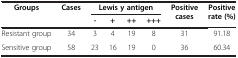
<table><thead><tr><td rowspan="2"><b>Groups</b></td><td rowspan="2"><b>Cases</b></td><td colspan="4"><b>Lewis y antigen</b></td><td rowspan="2"><b>Positive cases</b></td><td rowspan="2"><b>Positive rate (%)</b></td></tr><tr><td><b>-</b></td><td><b>+</b></td><td><b>++</b></td><td><b>+++</b></td></tr></thead><tbody><tr><td>Resistant group</td><td>34</td><td>3</td><td>4</td><td>19</td><td>8</td><td>31</td><td>91.18</td></tr><tr><td>Sensitive group</td><td>58</td><td>23</td><td>16</td><td>19</td><td>0</td><td>36</td><td>60.34</td></tr></tbody></table>